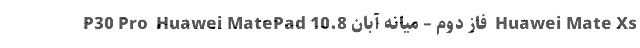
P30 Pro  Huawei MatePad 10.8 فاز دوم – میانه آبان  Huawei Mate Xs